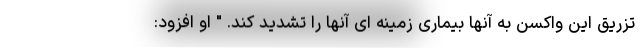
تزریق این واکسن به آنها بیماری زمینه ای آنها را تشدید کند. " او افزود: